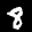
Label: 8